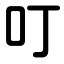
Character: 叮